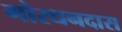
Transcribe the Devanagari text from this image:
गोरधनदास